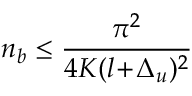
n _ { b } \le \frac { \pi ^ { 2 } } { 4 K ( l \! + \! \Delta _ { u } ) ^ { 2 } }